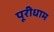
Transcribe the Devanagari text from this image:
पूरीधाम